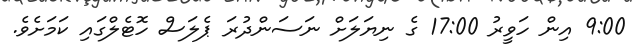
9:00 އިން ހަވީރު 17:00 ގެ ނިޔަލަށް ނަސަންދުރަ ޕެލަސް ހޮޓެލްގައި ކަމަށެވެ.